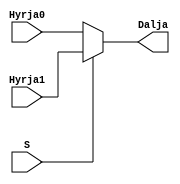
`timescale 1ns / 1ps
//////////////////////////////////////////////////////////////////////////////////
// Company: 
// Engineer: 
// 
// Design Name: 
// Module Name: Mux2to1_4bit
// Project Name: 
// Target Devices: 
// Tool Versions: 
// Description: 
// 
// Dependencies: 
// 
// Revision:
// Revision 0.01 - File Created
// Additional Comments:
// 
//////////////////////////////////////////////////////////////////////////////////


module Mux2to1_4bit(
    input[3:0] Hyrja0,
    input[3:0] Hyrja1,
    input S,
    output[3:0] Dalja
    );
    
assign Dalja = S ? Hyrja1 : Hyrja0;
endmodule